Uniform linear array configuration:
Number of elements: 32
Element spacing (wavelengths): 0.75
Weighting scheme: hamming
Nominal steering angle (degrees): -60
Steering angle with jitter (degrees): -60.597
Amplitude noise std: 0.05
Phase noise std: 0.05

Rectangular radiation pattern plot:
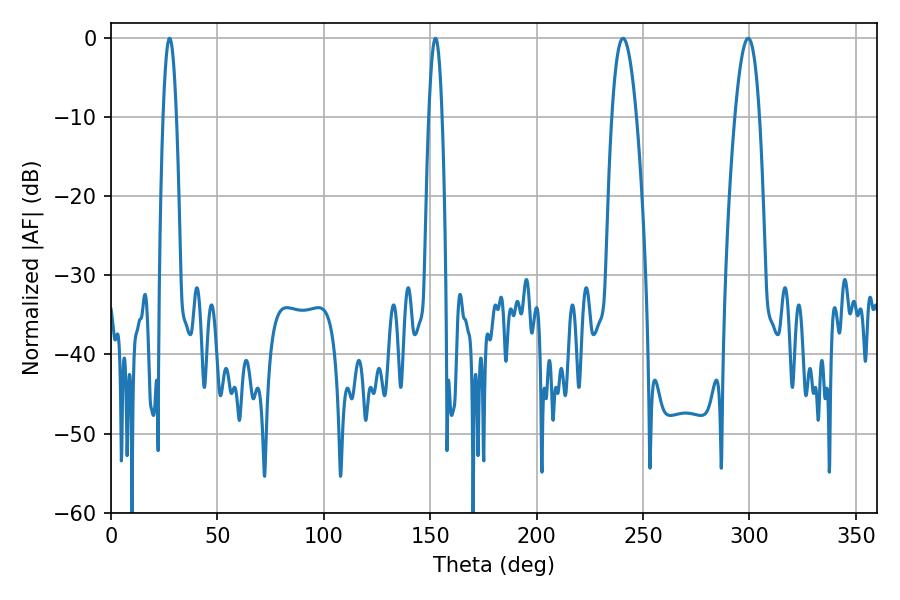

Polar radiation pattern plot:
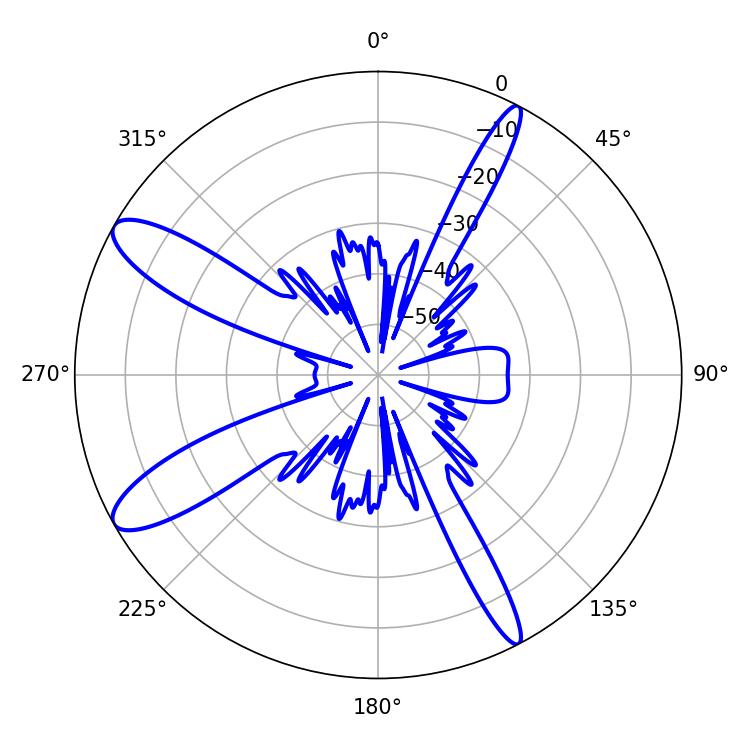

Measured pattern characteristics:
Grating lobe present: TRUE
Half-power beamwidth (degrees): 3.24
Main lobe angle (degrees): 152.46